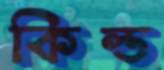
কিল্ড